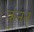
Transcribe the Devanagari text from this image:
कुंनन्